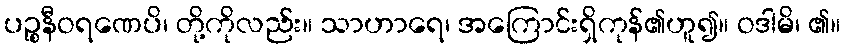
ပဉ္စနီဝရဏေပိ၊ တို့ကိုလည်း။ သာဟာရေ၊ အကြောင်းရှိကုန်၏ဟူ၍။ ဝဒါမိ၊ ၏။